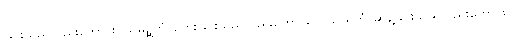
ခြင်းသည်လည်းကောင်း။ သမဉ္ဆိတံ၊ ကွေးခြင်းသည်လည်းကောင်း။ ပသာရိတံ၊ ဆန့်ခြင်းသည်လည်းကောင်း။